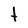
Character: t